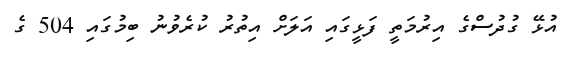
އުޅޭ ގުދުސްގެ އިރުމަތީ ފަޅީގައި އަލަށް އިތުރު ކުރެވުނު ބިމުގައި 504 ގެ